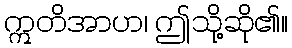
ဣတိအာဟ၊ ဤသို့ဆို၏။